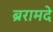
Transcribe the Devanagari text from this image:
ब्ररामदे